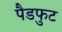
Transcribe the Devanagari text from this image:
पैडफुट